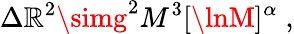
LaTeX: \Delta\mathbb{R}^{2}\simg^{2}M^{3}[\lnM]^{\alpha}\; ,